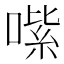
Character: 𠹦